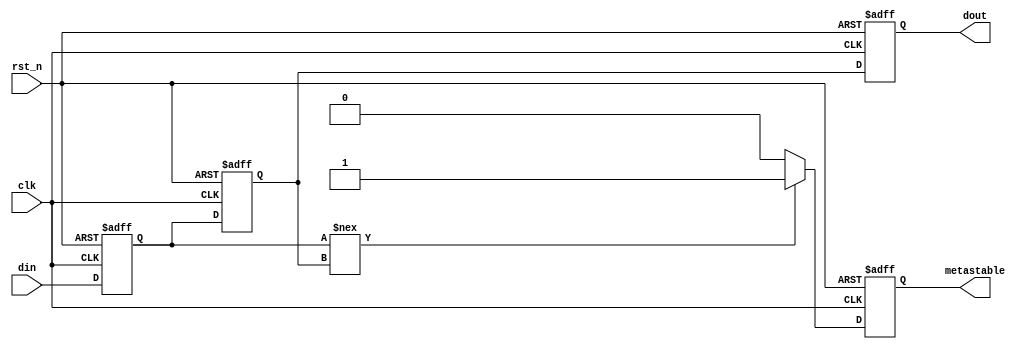
module TwoFF_Metastability_Detector (
    input wire clk,          // Clock signal
    input wire rst_n,       // Active low reset signal
    input wire din,         // Input signal to be monitored
    output reg dout,        // Stabilized output signal
    output reg metastable    // Metastability status indicator
);

    reg ff1;                // First flip-flop
    reg ff2;                // Second flip-flop

    always @(posedge clk or negedge rst_n) begin
        if (!rst_n) begin
            ff1 <= 1'b0;    // Reset FF1 to 0
            ff2 <= 1'b0;    // Reset FF2 to 0
            dout <= 1'b0;   // Reset output to 0
            metastable <= 1'b0; // Reset metastable indicator
        end else begin
            ff1 <= din;     // Sample input signal
            ff2 <= ff1;     // Sample output of FF1
            dout <= ff2;    // Output the stabilized signal
            
            // Check for metastability condition
            if (ff1 !== ff2) begin
                metastable <= 1'b1; // Indicate metastability detected
            end else begin
                metastable <= 1'b0; // No metastability
            end
        end
    end

endmodule